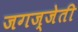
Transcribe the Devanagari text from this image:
जगज्जेती